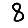
Digit: 8